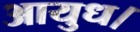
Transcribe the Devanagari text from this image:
आयुध।